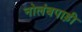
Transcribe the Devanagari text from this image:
नोलंबपाड़ी